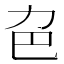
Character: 𠠾